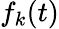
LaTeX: f_{k}(t)